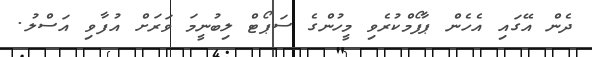
ދެން އޭގައި އެހެން ޕާފޯމްކުރެވި މީހުންގެ ސަޕޯޓް ލިބުނީމަ ވަރަށް އުފާވި އަސްލު.